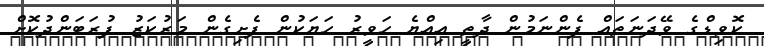
ކޮވިޑްގެ ވޭދަނަތައް ފެންނަމުން ދާތީ އިއްޔެ ހަވީރު ހަޔަކުން ފެށިގެން މަރުކަޒު ފުރަބަންދުކޮށް